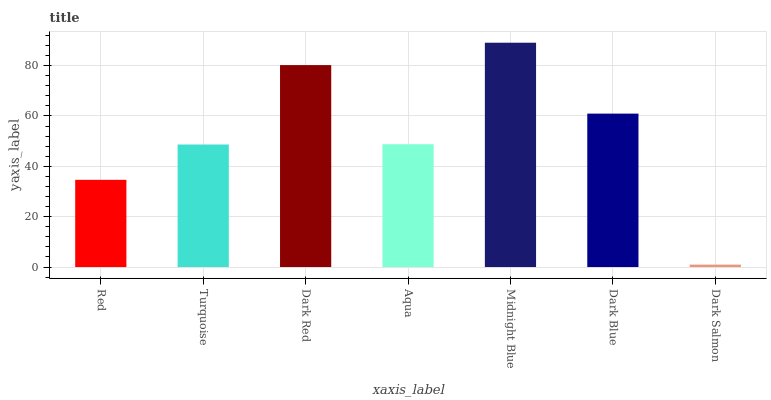
| xaxis_label | bars |
 | --- | --- |
 | Red | 34.6 |
 | Turquoise | 48.7 |
 | Dark Red | 80.2 |
 | Aqua | 48.8 |
 | Midnight Blue | 89.1 |
 | Dark Blue | 60.9 |
 | Dark Salmon | 0.961 |